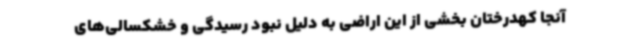
آنجا کهدرختان بخشی از این اراضی به دلیل نبود رسیدگی و خشکسالی‌های